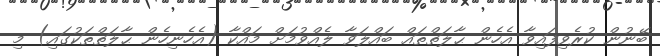
ބޭނުން ކުރެވިފައިވާ އެހެން ޙާލަތްތައް ބައްލަވާ ލެއްވުމަށް މައްކާ (އެހެނިހެން ޙާލަތްތަކުގައި) މި